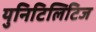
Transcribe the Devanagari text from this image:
युनिटिलिटिज